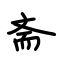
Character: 斋